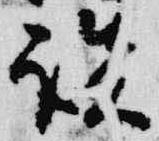
談